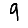
Digit: 9